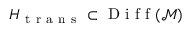
H _ { \mathrm { ~ t ~ r ~ a ~ n ~ s ~ } } \subset \mathrm { ~ D ~ i ~ f ~ f ~ } ( \mathcal { M } )